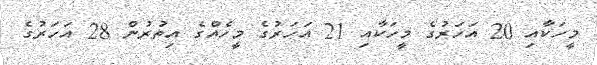
މީހަކާއި 20 އަހަރުގެ މީހަކާއި 21 އަހަރުގެ މީހެއްގެ އިތުރުން 28 އަހަރުގެ